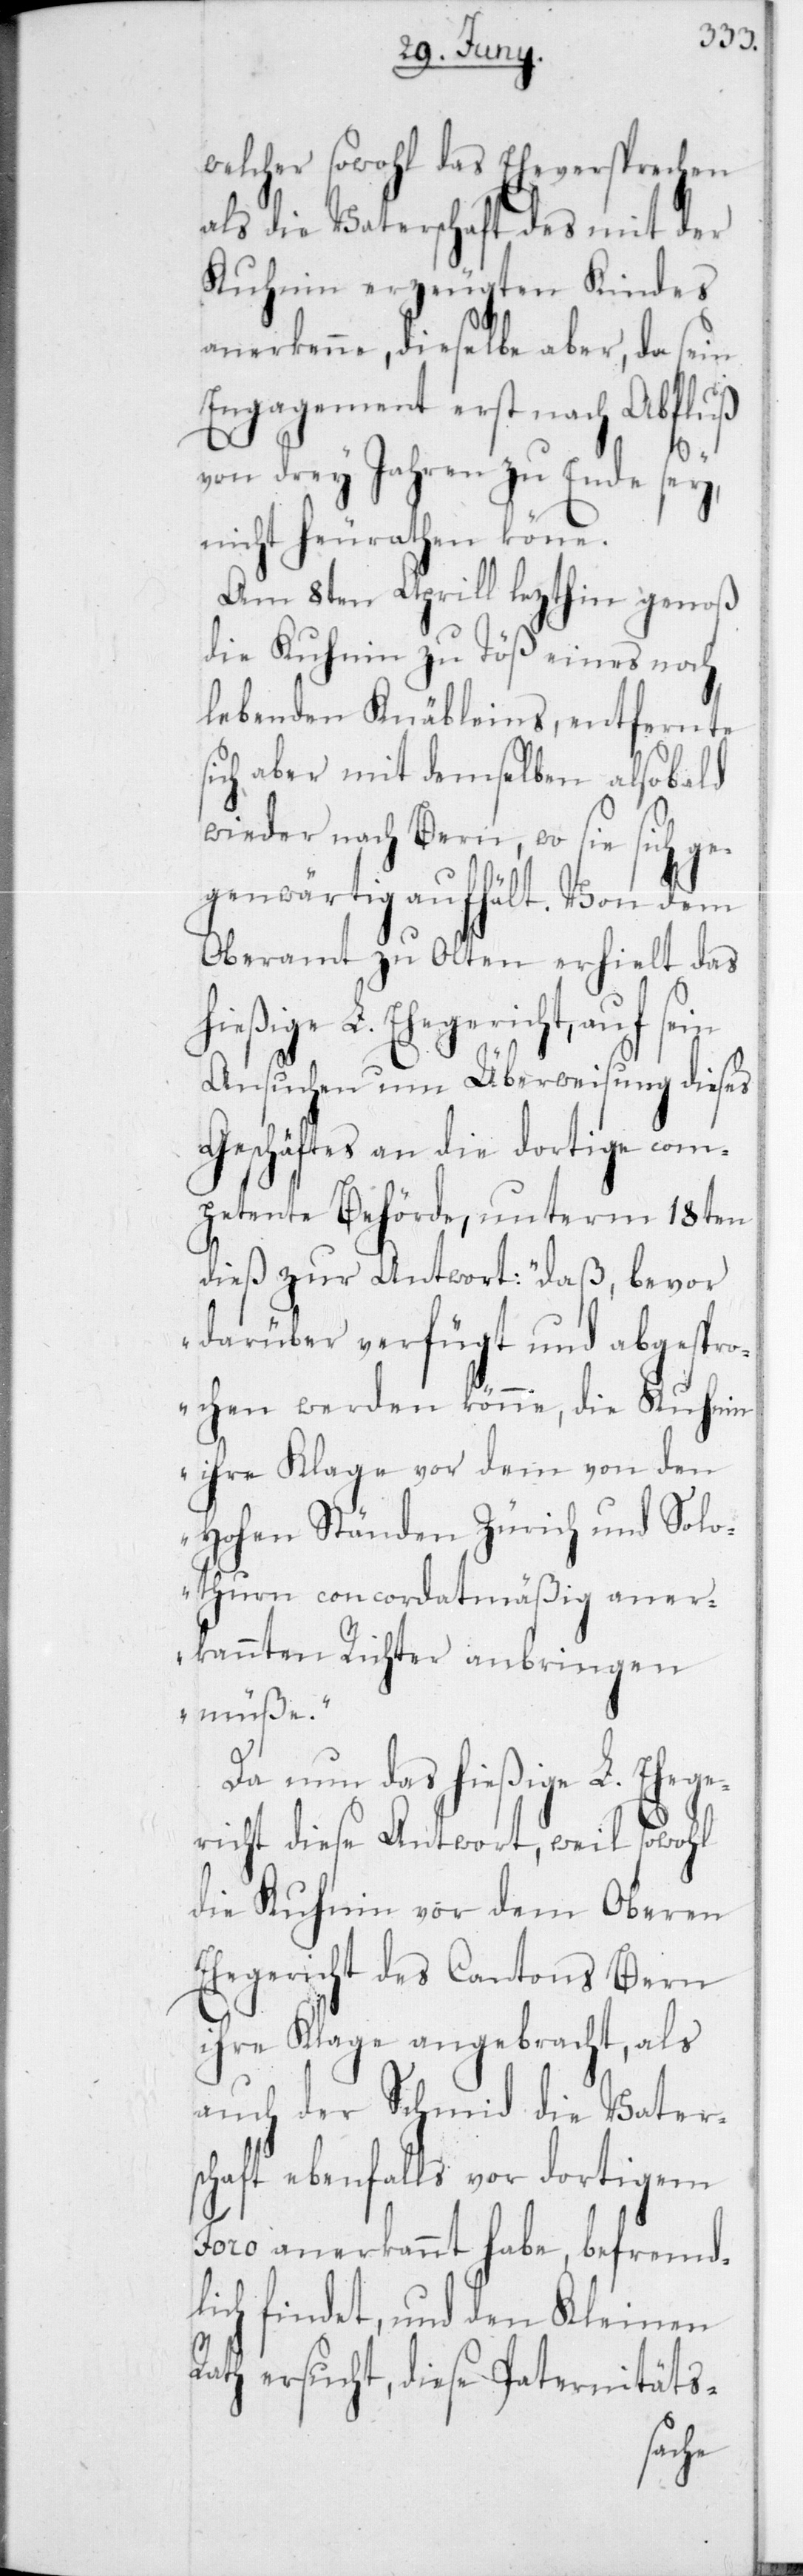
welcher sowohl das Eheversprechen
als die Vaterschaft des mit der
Kuhnin erzeugten Kindes
anerkenne, dieselbe aber, da sein
Engagement erst nach Abfluß
von drey Jahren zu Ende sey,
nicht heirathen könne.
Am 8ten Aprill lezthin genoß
die Kuhnin zu Töß eines noch
lebenden Knäbleins, entfernte
sich aber mit demselben alsobald
wieder nach Bern, wo sie sich ge¬
genwärtig aufhält. Von dem
Oberamt zu Olten erhielt das
hießige L. Ehegericht, auf sein
Ansuchen um Überweisung dieses
Geschäftes an die dortige com¬
petente Behörde, unterm 18ten
dieß zur Antwort: „Daß, bevor
darüber verfügt und abgespro¬
chen werden könne, die Kuhnin
ihre Klage vor dem von den
Hohen Ständen Zürich und Solo¬
thurn concordatmäßig aner¬
kannten Richter anbringen
müsse“.
Da nun das hießige L. Ehege¬
richt diese Antwort, weil sowohl
die Kuhnin vor dem Oberen
Ehegericht des Cantons Bern
ihre Klage angebracht, als
auch der Schmid die Vater¬
schaft ebenfalls vor dortigem
Foro anerkannt habe, befremd¬
lich findet, und den Kleinen
Rath ersucht, diese Paternitäts-